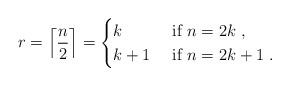
LaTeX: \begin{align*} r = \left\lceil \frac{n}{2} \right\rceil = \begin{cases} k & \mbox{ if }n=2k \ , \\ k+1 &\mbox{ if }n=2k+1 \ . \end{cases}\end{align*}